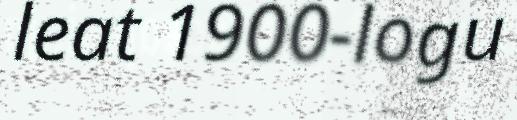
leat 1900-logu